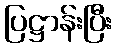
ပြဋ္ဌာန်းပြီး